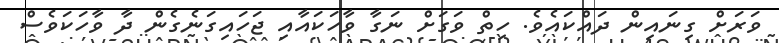
ވަރަށް ގިނައިން ދައްކައެވެ. ހިތް ވަގަށް ނަގާ ވާހަކައާއި ޖަހައިގަނެގެން ދާ ވާހަކަވެސް